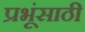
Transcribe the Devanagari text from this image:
प्रभूंसाठी